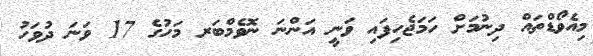
މިއެވޯޑްތައް ދިނުމަށް ހަމަޖެހިފައި ވަނީ އަންނަ ނޮވެމްބަރ މަހުގެ 17 ވަނަ ދުވަހު